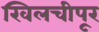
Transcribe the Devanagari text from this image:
खिलचीपूर